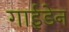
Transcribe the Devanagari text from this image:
गाईडेन